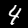
Digit: 4